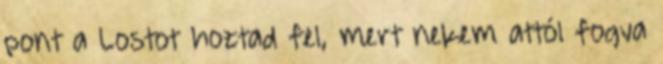
pont a Lostot hoztad fel, mert nekem attól fogva